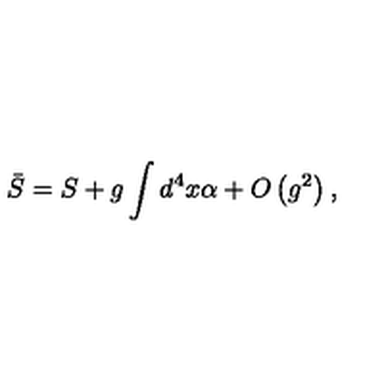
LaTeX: \bar { S } = S + g \int d ^ { 4 } x \alpha + O \left( g ^ { 2 } \right) ,